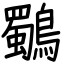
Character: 鸀